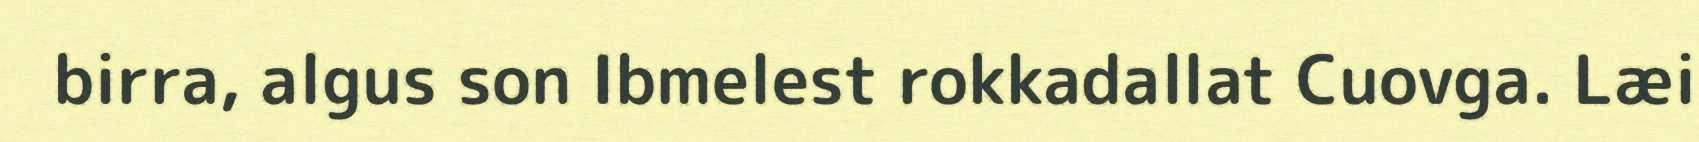
birra, algus son Ibmelest rokkadallat Cuovga. Læi